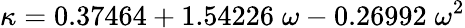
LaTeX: \kappa=0.37464+1.54226\; \omega-0.26992\; \omega^{2}